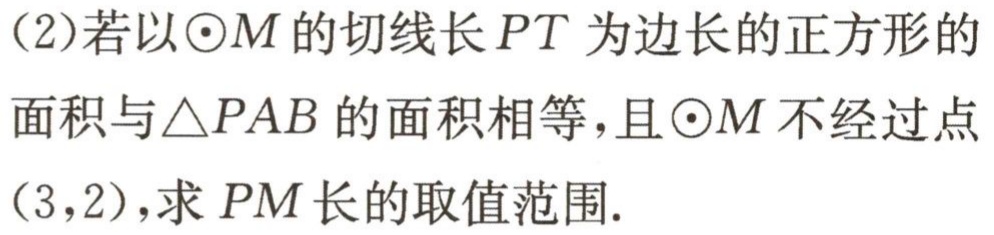
(2)若以\(\odot M\)的切线长\(PT\)为边长的正方形的

面积与\(\triangle PAB\)的面积相等，且\(\odot M\)不经过点

\((3,2)\)，求\(PM\)长的取值范围.